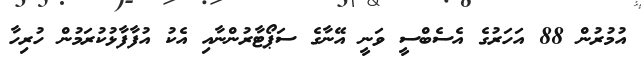
އުމުރުން 88 އަހަރުގެ އެސެބްސީ ވަނީ އޭނާގެ ސަޕޯޓާރުންނާއި އެކު އުފާފާޅުކުރަމުން ހުރިހާ